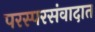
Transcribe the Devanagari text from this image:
परस्परसंवादात